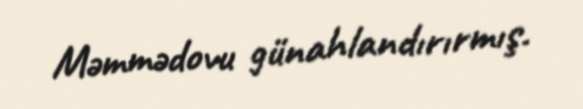
Məmmədovu günahlandırırmış.